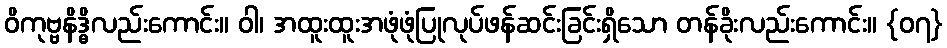
ဝိကုဗ္ဗနိဒ္ဓိလည်းကောင်း။ ဝါ၊ အထူးထူးအဖုံဖုံပြုလုပ်ဖန်ဆင်းခြင်းရှိသော တန်ခိုးလည်းကောင်း။ {၀၇}